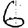
Digit: 6